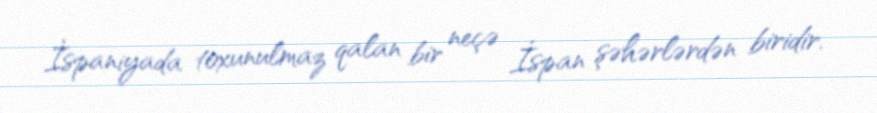
İspaniyada toxunulmaz qalan bir neçə İspan şəhərlərdən biridir.